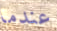
عندما